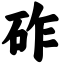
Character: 砟